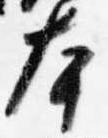
本